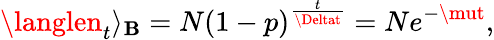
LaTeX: \langlen_{t}\rangle_{\mathbf{B}}=N\left(1-p\right)^{\frac{{t}}{{\Deltat}}}=Ne^{-\mut},